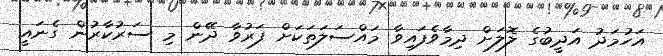
އަހުމަދު އަދީބުގެ ލޮލަށް ދިމާވެފައިވާ މައްސަލަތަކަށް ފަރުވާ ދޭން މި ސަރުކާރުން ގެނައީ